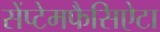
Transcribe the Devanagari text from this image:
सेंप्टेमफैसिऐटा